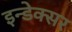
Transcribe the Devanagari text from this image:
इन्डेक्सर